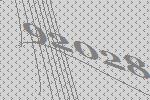
92028